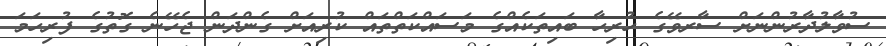
ސުވާލުދާރުންނަށް ސާރވޭގެ ހުރިހާ ބައިތަކެއްގެ މަސައްކަތްތައް ކުރިއަށް ގެންދަން ޖެހޭނެ ގޮތުގެ ފުރިހަމަ